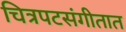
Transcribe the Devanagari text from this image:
चित्रपटसंगीतात